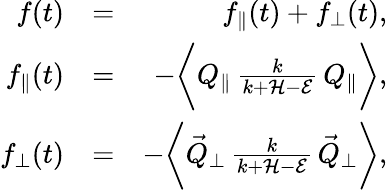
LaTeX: \begin{array}{rlr}{f(t)}&{=}&{f_{\parallel}(t)+f_{\perp}(t),}\\ {f_{\parallel}(t)}&{=}&{-\biggl\langle Q_{\parallel}\, \frac{k}{k+\mathcal{H}-\mathcal{E}}\, Q_{\parallel}\biggr\rangle,}\\ {f_{\perp}(t)}&{=}&{-\biggl\langle\vec{Q}_{\perp}\, \frac{k}{k+\mathcal{H}-\mathcal{E}}\, \vec{Q}_{\perp}\biggr\rangle,}\end{array}